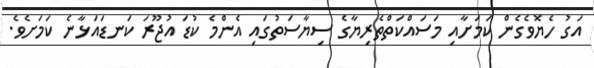
އަގު ހެޔޮވެގެން ކަމަށާއި މަސައްކަތްތެރިޔާގެ ސިޔާސަތުގައި އެންމެ ކުޑަ އުޖޫރަ ކަނޑައަޅާނެ ކަމަށެވެ.